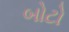
બોટો